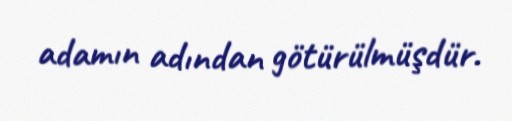
adamın adından götürülmüşdür.